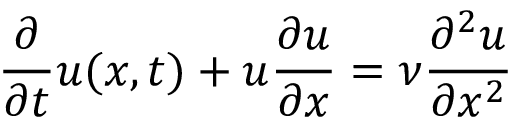
\frac { \partial } { \partial t } u ( x , t ) + u \frac { \partial u } { \partial x } = \nu \frac { \partial ^ { 2 } u } { \partial x ^ { 2 } }